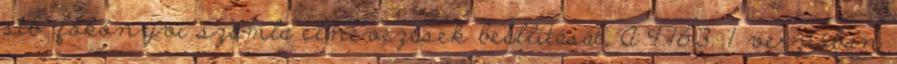
stb. főkönyvi számla elnevezések beállítását. A 9.16.3. 1 verzióban